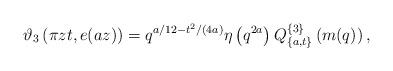
LaTeX: \begin{align*}\vartheta_3\left(\pi zt,e(az)\right)=q^{a/12-t^2/(4a)}\eta\left(q^{2a}\right)Q^{\{3\}}_{\{a,t\}}\left(m(q)\right),\end{align*}